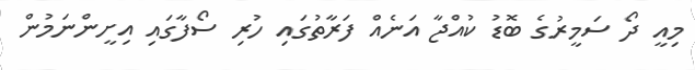
މިއީ ދޯ ސަމީރުގެ ބޮޑު ކުއްޖާ އަނެއް ފަރާތުގައި ހުރި ސޯފާގައި އިށީންނަމުން